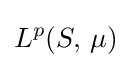
L^{p}(S,\,\mu )